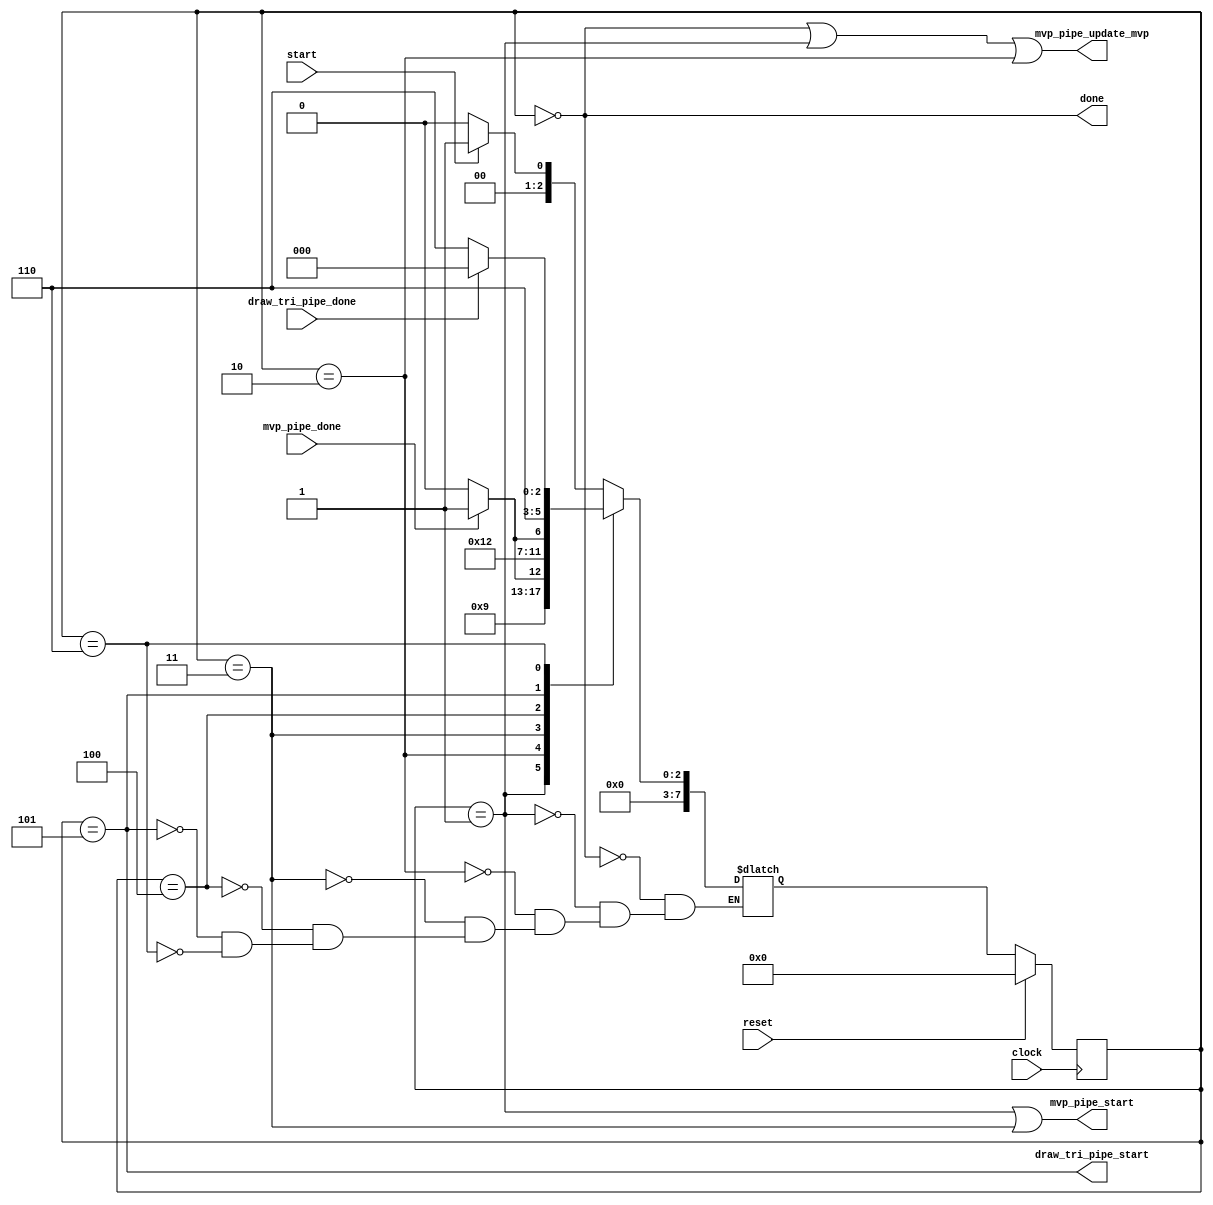
module pipe_mesh_controller(
    input clock, reset, start,
    // input wire [31:0] roll, pitch, yaw,
    // input wire [31:0] x, y, z,
    output wire done,

    // output wire [31:0] mesh_addr,
    // input wire [31:0] mesh_data,

    output wire mvp_pipe_start,
    output wire mvp_pipe_update_mvp,
    input wire mvp_pipe_done,
    // input reg [31:0] mvp_pipe_mesh_addr,
    // output wire [31:0] mvp_pipe_mesh_data,

    output wire draw_tri_pipe_start,
    input wire draw_tri_pipe_done
);

    localparam
        S_WAIT              = 8'd0,
        S_START_UPDATE_MVP  = 8'd1,
        S_WAIT_UPDATE_MVP   = 8'd2,
        S_START_MVP_PIPE    = 8'd3,
        S_WAIT_MVP_PIPE     = 8'd4,
        S_START_DRAW_PIPE   = 8'd5,
        S_WAIT_DRAW_PIPE    = 8'd6;

    reg [7:0] current_state, next_state;

    // wire draw_pipe_done;

    // wire [31:0] mvp_pipe_res_addr;
    // wire [31:0] mvp_pipe_res_data;

    assign done = current_state == S_WAIT;

    // airplane_mesh airplane_mesh_isnt(
    //     .clock(clock),
    //     .address(mvp_pipe_mesh_addr[4:0]),
    //     .q(mvp_pipe_mesh_data)
    // );

    // mvp_pipe mvp_pipe_inst(
    //     .clock(clock),
    //     .reset(reset),
    //     .start(current_state == S_START_UPDATE_MVP || current_state == S_START_MVP_PIPE),
    //     .update_mvp(current_state == S_WAIT || current_state == S_START_UPDATE_MVP || current_state == S_WAIT_UPDATE_MVP),
    //     .roll(roll),
    //     .pitch(pitch),
    //     .yaw(yaw),
    //     .x(x),
    //     .y(y),
    //     .z(z),
    //     .count(32'd2),
    //     .done(mvp_pipe_done),

    //     .mesh_addr(mesh_addr),
    //     .mesh_data(mesh_data),

    //     .result_addr(mvp_pipe_res_addr),
    //     .result_data(mvp_pipe_res_data),
    // );
    assign mvp_pipe_start = current_state == S_START_UPDATE_MVP || current_state == S_START_MVP_PIPE;
    assign mvp_pipe_update_mvp = current_state == S_WAIT || current_state == S_START_UPDATE_MVP || current_state == S_WAIT_UPDATE_MVP;

    assign draw_tri_pipe_start = current_state == S_START_DRAW_PIPE;

    // wire GND;
    // assign GND = 1'b0;

    // draw_triangle_pipe #(
    //     .COLOUR_WIDTH(3),
    //     .WIDTH(32))
    // draw_tri_pipe_inst(
    //     .clock(clock),
    //     .reset(reset),
    //     .start(current_state == S_START_DRAW),
    //     .strip(1'b1),
    //     .count(32'd2),
    //     .done(draw_pipe_done),
    //     .mem_read_addr(mvp_pipe_res_addr),
    //     .mem_read_data(mvp_pipe_res_data),
    //     .mem_col_addr(GND),
    //     .mem_col_data(1'b111),

    //     .ax(ax), .ay(ay), .az(GND),
    //     .bx(bx), .by(by), .bz(GND),
    //     .cx(cx), .cy(cy), .cz(GND),
    //     .draw_en(),
    //     .draw_done());

    // draw_triangle #(
    //     .COLOUR_WIDTH(3),
    //     .WIDTH(32))
    // dr_tri_inst(
        
    // );

    always @(*) begin
        case(current_state)
            S_WAIT:             next_state <= start ? S_START_UPDATE_MVP : S_WAIT;
            S_START_UPDATE_MVP: next_state <= S_WAIT_UPDATE_MVP;
            S_WAIT_UPDATE_MVP:  next_state <= mvp_pipe_done ? S_START_MVP_PIPE : S_WAIT_UPDATE_MVP;
            S_START_MVP_PIPE:   next_state <= S_WAIT_MVP_PIPE;
            S_WAIT_MVP_PIPE:    next_state <= mvp_pipe_done ? S_START_DRAW_PIPE : S_WAIT_MVP_PIPE;
            S_START_DRAW_PIPE:  next_state <= S_WAIT_DRAW_PIPE;
            S_WAIT_DRAW_PIPE:   next_state <= draw_tri_pipe_done ? S_WAIT : S_WAIT_DRAW_PIPE;
        endcase
    end

    always @(posedge clock) begin
        if(reset) current_state <= S_WAIT;
        else current_state <= next_state;
    end



endmodule